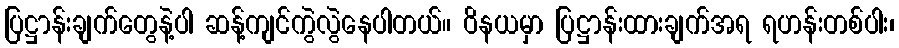
ပြဋ္ဌာန်းချက်တွေနဲ့ပါ ဆန့်ကျင်ကွဲလွဲနေပါတယ်။ ဝိနယမှာ ပြဋ္ဌာန်းထားချက်အရ ရဟန်းတစ်ပါး၊